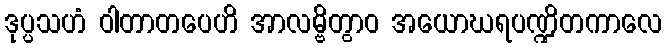
ဒုပ္ပသဟံ ဝါတာတပေဟိ အာလမ္ဗိတွာဝ အယောဃရပဏ္ဍိတကာလေ